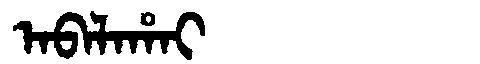
Manchu: ᠠᠪᠠᠯᠠᡥᠠᡳ
Romanization: ABALAHAI